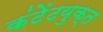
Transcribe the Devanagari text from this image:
कंटेंटयुक्त